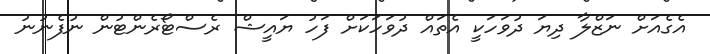
އެގެއަށް ނަޒްލާ ދިޔަ ދުވަހަކީ އެތައް ދުވަހަކަށް ފަހު ޔައީޝް ރެސްޓޯރެންޓުން ނުފެނުނު